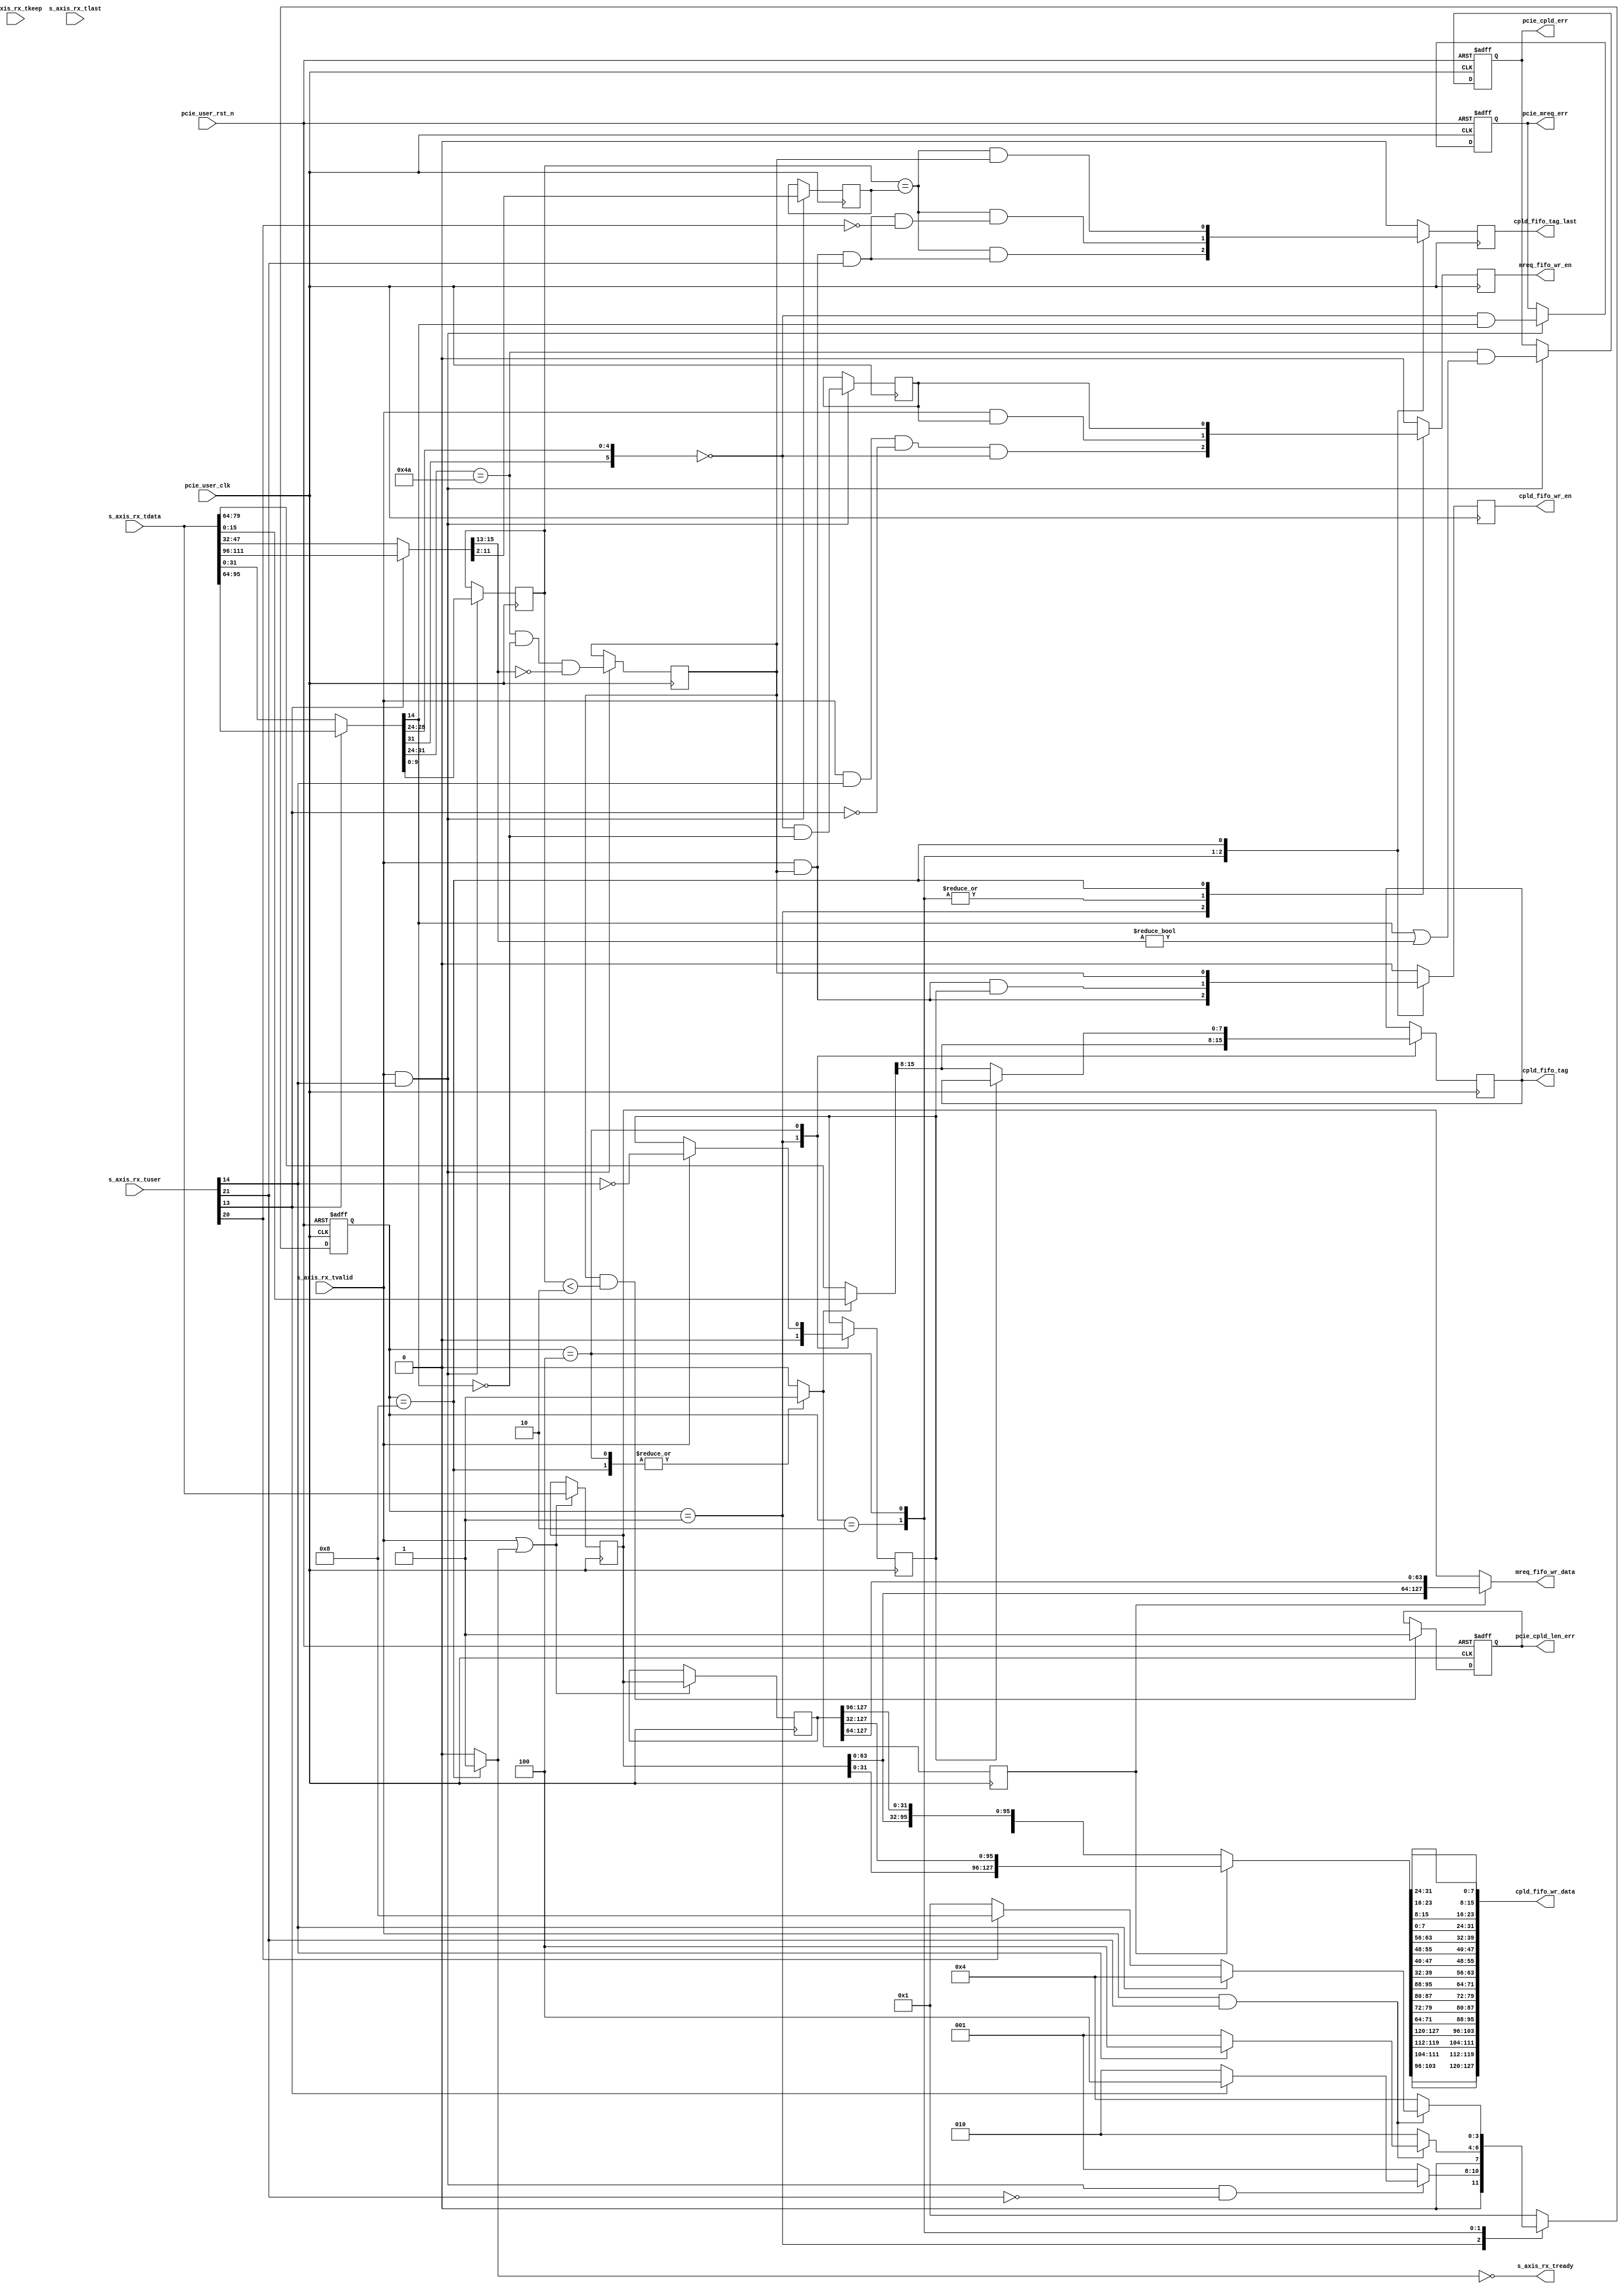

/*
----------------------------------------------------------------------------------
Copyright (c) 2013-2014

  Embedded and Network Computing Lab.
  Open SSD Project
  Hanyang University

All rights reserved.

----------------------------------------------------------------------------------

Redistribution and use in source and binary forms, with or without
modification, are permitted provided that the following conditions are
met:

  1. Redistributions of source code must retain the above copyright
     notice, this list of conditions and the following disclaimer.

  2. Redistributions in binary form must reproduce the above copyright
     notice, this list of conditions and the following disclaimer in the
     documentation and/or other materials provided with the distribution.

  3. All advertising materials mentioning features or use of this source code
     must display the following acknowledgement:
     This product includes source code developed 
     by the Embedded and Network Computing Lab. and the Open SSD Project.

THIS SOFTWARE IS PROVIDED BY THE COPYRIGHT HOLDERS AND CONTRIBUTORS "AS IS" AND
ANY EXPRESS OR IMPLIED WARRANTIES, INCLUDING, BUT NOT LIMITED TO, THE IMPLIED
WARRANTIES OF MERCHANTABILITY AND FITNESS FOR A PARTICULAR PURPOSE ARE
DISCLAIMED. IN NO EVENT SHALL THE COPYRIGHT OWNER OR CONTRIBUTORS BE LIABLE FOR
ANY DIRECT, INDIRECT, INCIDENTAL, SPECIAL, EXEMPLARY, OR CONSEQUENTIAL DAMAGES
(INCLUDING, BUT NOT LIMITED TO, PROCUREMENT OF SUBSTITUTE GOODS OR SERVICES;
LOSS OF USE, DATA, OR PROFITS; OR BUSINESS INTERRUPTION) HOWEVER CAUSED AND
ON ANY THEORY OF LIABILITY, WHETHER IN CONTRACT, STRICT LIABILITY, OR TORT
(INCLUDING NEGLIGENCE OR OTHERWISE) ARISING IN ANY WAY OUT OF THE USE OF THIS
SOFTWARE, EVEN IF ADVISED OF THE POSSIBILITY OF SUCH DAMAGE.

----------------------------------------------------------------------------------

http://enclab.hanyang.ac.kr/
http://www.openssd-project.org/
http://www.hanyang.ac.kr/

----------------------------------------------------------------------------------
*/


`timescale 1ns / 1ps


module pcie_rx_recv # (
	parameter	C_PCIE_DATA_WIDTH			= 128
)
(
	input									pcie_user_clk,
	input									pcie_user_rst_n,

//pcie rx signal
	input	[C_PCIE_DATA_WIDTH-1:0]			s_axis_rx_tdata,
	input	[(C_PCIE_DATA_WIDTH/8)-1:0]		s_axis_rx_tkeep,
	input									s_axis_rx_tlast,
	input									s_axis_rx_tvalid,
	output									s_axis_rx_tready,
	input	[21:0]							s_axis_rx_tuser,

	output									pcie_mreq_err,
	output									pcie_cpld_err,
	output									pcie_cpld_len_err,

	output									mreq_fifo_wr_en,
	output	[C_PCIE_DATA_WIDTH-1:0]			mreq_fifo_wr_data,

	output	[7:0]							cpld_fifo_tag,
	output	[C_PCIE_DATA_WIDTH-1:0]			cpld_fifo_wr_data,
	output									cpld_fifo_wr_en,
	output									cpld_fifo_tag_last
);


localparam	S_RX_IDLE_SOF					= 4'b0001;
localparam	S_RX_DATA						= 4'b0010;
localparam	S_RX_STRADDLED					= 4'b0100;
localparam	S_RX_STRADDLED_HOLD				= 4'b1000;

reg		[3:0]								cur_state;
reg		[3:0]								next_state;


wire	[4:0]								w_rx_is_sof;
wire	[4:0]								w_rx_is_eof;

reg		[31:0]								r_pcie_head0;
reg		[31:0]								r_pcie_head1;
reg		[31:0]								r_pcie_head2;

wire	[2:0]								w_mreq_head_fmt;
wire	[4:0]								w_mreq_head_type;
//wire	[2:0]								w_mreq_head_tc;
//wire										w_mreq_head_attr1;
//wire										w_mreq_head_th;
//wire										w_mreq_head_td;
wire										w_mreq_head_ep;
//wire	[1:0]								w_mreq_head_atqtr0;
//wire	[1:0]								w_mreq_head_at;
//wire	[9:0]								w_mreq_head_len;
//wire	[7:0]								w_mreq_head_re_bus_num;
//wire	[4:0]								w_mreq_head_req_dev_num;
//wire	[2:0]								w_mreq_head_req_func_num;
//wire	[15:0]								w_mreq_head_req_id;
//wire	[7:0]								w_mreq_head_tag;


wire	[2:0]								w_cpld_head_fmt;
wire	[4:0]								w_cpld_head_type;
//wire	[2:0]								w_cpld_head_tc;
//wire										w_cpld_head_attr1;
//wire										w_cpld_head_th;
//wire										w_cpld_head_td;
wire										w_cpld_head_ep;
//wire	[1:0]								w_cpld_head_attr0;
//wire	[1:0]								w_cpld_head_at;
wire	[9:0]								w_cpld_head_len;
//wire	[7:0]								w_cpld_head_cpl_bus_num;
//wire	[4:0]								w_cpld_head_cpl_dev_num;
//wire	[2:0]								w_cpld_head_cpl_func_num;
//wire	[15:0]								w_cpld_head_cpl_id;
wire	[2:0]								w_cpld_head_cs;
//wire										w_cpld_head_bcm;
wire	[11:0]								w_cpld_head_bc;
//wire	[7:0]								w_cpld_head_req_bus_num;
//wire	[4:0]								w_cpld_head_req_dev_num;
//wire	[2:0]								w_cpld_head_req_func_num;
//wire	[15:0]								w_cpld_head_req_id;
wire	[7:0]								w_cpld_head_tag;
//wire	[6:0]								w_cpld_head_la;


wire										w_pcie_mreq_type;
wire										w_pcie_cpld_type;
reg											r_pcie_mreq_type;
reg											r_pcie_cpld_type;

reg											r_pcie_mreq_err;
reg											r_pcie_cpld_err;
reg											r_pcie_cpld_len_err;

reg		[7:0]								r_cpld_tag;
reg		[11:2]								r_cpld_len;
reg		[11:2]								r_cpld_bc;
reg											r_cpld_lhead;

reg											r_mem_req_en;
reg											r_cpld_data_en;
reg											r_cpld_tag_last;
reg											r_rx_straddled;
reg											r_rx_straddled_hold;

reg											r_rx_data_straddled;
reg		[127:0]								r_s_axis_rx_tdata;
reg		[127:0]								r_s_axis_rx_tdata_d1;

reg											r_mreq_fifo_wr_en;
reg		[127:0]								r_mreq_fifo_wr_data;

reg											r_cpld_fifo_tag_en;
reg											r_cpld_fifo_wr_en;
reg		[127:0]								r_cpld_fifo_wr_data;
reg											r_cpld_fifo_tag_last;

assign s_axis_rx_tready = ~r_rx_straddled_hold;

assign pcie_mreq_err = r_pcie_mreq_err;
assign pcie_cpld_err = r_pcie_cpld_err;
assign pcie_cpld_len_err = r_pcie_cpld_len_err;

assign mreq_fifo_wr_en = r_mreq_fifo_wr_en;
assign mreq_fifo_wr_data = r_mreq_fifo_wr_data;

assign cpld_fifo_tag = r_cpld_tag;
assign cpld_fifo_wr_en = r_cpld_fifo_wr_en;

assign cpld_fifo_wr_data[31:0] = {r_cpld_fifo_wr_data[7:0], r_cpld_fifo_wr_data[15:8], r_cpld_fifo_wr_data[23:16], r_cpld_fifo_wr_data[31:24]};
assign cpld_fifo_wr_data[63:32] = {r_cpld_fifo_wr_data[39:32], r_cpld_fifo_wr_data[47:40], r_cpld_fifo_wr_data[55:48], r_cpld_fifo_wr_data[63:56]};
assign cpld_fifo_wr_data[95:64] = {r_cpld_fifo_wr_data[71:64], r_cpld_fifo_wr_data[79:72], r_cpld_fifo_wr_data[87:80], r_cpld_fifo_wr_data[95:88]};
assign cpld_fifo_wr_data[127:96] = {r_cpld_fifo_wr_data[103:96], r_cpld_fifo_wr_data[111:104], r_cpld_fifo_wr_data[119:112], r_cpld_fifo_wr_data[127:120]};

assign cpld_fifo_tag_last = r_cpld_fifo_tag_last;


assign w_rx_is_sof = s_axis_rx_tuser[14:10];
assign w_rx_is_eof = s_axis_rx_tuser[21:17];

always @ (*)
begin
	if(w_rx_is_sof[3] == 1) begin
		r_pcie_head0 <= s_axis_rx_tdata[95:64];
		r_pcie_head1 <= s_axis_rx_tdata[127:96];
	end
	else begin
		r_pcie_head0 <= s_axis_rx_tdata[31:0];
		r_pcie_head1 <= s_axis_rx_tdata[63:32];
	end

	if(r_rx_straddled == 1)
		r_pcie_head2 <= s_axis_rx_tdata[31:0];
	else
		r_pcie_head2 <= s_axis_rx_tdata[95:64];
end



//pcie mrd or mwr, memory rd/wr request
assign w_mreq_head_fmt = r_pcie_head0[31:29];
assign w_mreq_head_type = r_pcie_head0[28:24];
//assign w_mreq_head_tc = r_pcie_head0[22:20];
//assign w_mreq_head_attr1 = r_pcie_head0[18];
//assign w_mreq_head_th = r_pcie_head0[16];
//assign w_mreq_head_td = r_pcie_head0[15];
assign w_mreq_head_ep = r_pcie_head0[14];
//assign w_mreq_head_attr0 = r_pcie_head0[13:12];
//assign w_mreq_head_at = r_pcie_head0[11:10];
//assign w_mreq_head_len = r_pcie_head0[9:0];
//assign w_mreq_head_req_bus_num = r_pcie_head1[31:24];
//assign w_mreq_head_req_dev_num = r_pcie_head1[23:19];
//assign w_mreq_head_req_func_num = r_pcie_head1[18:16];
//assign w_mreq_head_req_id = {w_mreq_head_req_bus_num, w_mreq_head_req_dev_num, w_mreq_head_req_func_num};
//assign w_mreq_head_tag = r_pcie_head1[15:8];

//pcie cpl or cpld
assign w_cpld_head_fmt = r_pcie_head0[31:29];
assign w_cpld_head_type = r_pcie_head0[28:24];
//assign w_cpld_head_tc = r_pcie_head0[22:20];
//assign w_cpld_head_attr1 = r_pcie_head0[18];
//assign w_cpld_head_th = r_pcie_head0[16];
//assign w_cpld_head_td = r_pcie_head0[15];
assign w_cpld_head_ep = r_pcie_head0[14];
//assign w_cpld_head_attr0 = r_pcie_head0[13:12];
//assign w_cpld_head_at = r_pcie_head0[11:10];
assign w_cpld_head_len = r_pcie_head0[9:0];
//assign w_cpld_head_cpl_bus_num = r_pcie_head1[31:24];
//assign w_cpld_head_cpl_dev_num = r_pcie_head1[23:19];
//assign w_cpld_head_cpl_func_num = r_pcie_head1[18:16];
//assign w_cpld_head_cpl_id = {w_cpld_head_cpl_bus_num, w_cpld_head_cpl_dev_num, w_cpld_head_cpl_func_num};
assign w_cpld_head_cs = r_pcie_head1[15:13];
//assign w_cpld_head_bcm = r_pcie_head1[12];
assign w_cpld_head_bc = r_pcie_head1[11:0];
//assign w_cpld_head_req_bus_num = r_pcie_head2[31:24];
//assign w_cpld_head_req_dev_num = r_pcie_head2[23:19];
//assign w_cpld_head_req_func_num = r_pcie_head2[18:16];
//assign w_cpld_head_req_id = {w_cpld_head_req_bus_num, w_cpld_head_req_dev_num, w_cpld_head_req_func_num};
assign w_cpld_head_tag = r_pcie_head2[15:8];
//assign w_cpld_head_la = r_pcie_head2[6:0];


assign w_pcie_mreq_type = ({w_mreq_head_fmt[2], w_mreq_head_type} == {1'b0, 5'b00000});
assign w_pcie_cpld_type = ({w_cpld_head_fmt, w_cpld_head_type} == {3'b010, 5'b01010});

always @ (posedge pcie_user_clk or negedge pcie_user_rst_n)
begin
	if(pcie_user_rst_n == 0)
		cur_state <= S_RX_IDLE_SOF;
	else
		cur_state <= next_state;
end

always @ (*)
begin
	case(cur_state)
		S_RX_IDLE_SOF: begin
			if(s_axis_rx_tvalid == 1 && w_rx_is_sof[4] == 1 && w_rx_is_eof[4] == 0 ) begin
				if(w_rx_is_sof[3] == 1)
					next_state <= S_RX_STRADDLED;
				else
					next_state <= S_RX_DATA;
			end
			else
				next_state <= S_RX_IDLE_SOF;
		end
		S_RX_DATA: begin
			if(s_axis_rx_tvalid == 1 && w_rx_is_eof[4] == 1) begin
				if(w_rx_is_sof[4] == 1)
					next_state <= S_RX_STRADDLED;
				else
					next_state <= S_RX_IDLE_SOF;
			end
			else
				next_state <= S_RX_DATA;
		end
		S_RX_STRADDLED: begin
			if(s_axis_rx_tvalid == 1 && w_rx_is_eof[4] == 1) begin
				if(w_rx_is_sof[4] == 1)
					next_state <= S_RX_STRADDLED;
				else if(w_rx_is_eof[3] == 1)
					next_state <= S_RX_STRADDLED_HOLD;
				else
					next_state <= S_RX_IDLE_SOF;
			end
			else
				next_state <= S_RX_STRADDLED;
		end
		S_RX_STRADDLED_HOLD: begin
			next_state <= S_RX_IDLE_SOF;
		end
		default: begin
			next_state <= S_RX_IDLE_SOF;
		end
	endcase
end

always @ (posedge pcie_user_clk)
begin
	if(s_axis_rx_tvalid == 1 && w_rx_is_sof[4] == 1) begin
		r_pcie_mreq_type <= w_pcie_mreq_type & ~w_mreq_head_ep;
		r_pcie_cpld_type <= w_pcie_cpld_type & ~w_cpld_head_ep & (w_cpld_head_cs == 0);

		r_cpld_len <= w_cpld_head_len;
		r_cpld_bc[11:2] <= w_cpld_head_bc[11:2];
	end
end


always @ (posedge pcie_user_clk or negedge pcie_user_rst_n)
begin
	if(pcie_user_rst_n == 0) begin
		r_pcie_mreq_err <= 0;
		r_pcie_cpld_err <= 0;
		r_pcie_cpld_len_err <= 0;
	end
	else begin
		if(r_pcie_cpld_type == 1 && r_cpld_len < 2) begin
			r_pcie_cpld_len_err <= 1;
		end

		if(s_axis_rx_tvalid == 1 && w_rx_is_sof[4] == 1) begin
			r_pcie_mreq_err <= w_pcie_mreq_type & w_mreq_head_ep;
			r_pcie_cpld_err <= w_pcie_cpld_type & (w_cpld_head_ep | (w_cpld_head_cs != 0));
		end
	end
end


always @ (posedge pcie_user_clk)
begin
	case(cur_state)
		S_RX_IDLE_SOF: begin
			r_cpld_tag <= w_cpld_head_tag;
			r_cpld_lhead <= 0;
		end
		S_RX_DATA: begin

		end
		S_RX_STRADDLED: begin
			if(s_axis_rx_tvalid == 1)
				r_cpld_lhead <= ~w_rx_is_sof[4];

			if(r_cpld_lhead == 0)
				r_cpld_tag <= w_cpld_head_tag;
		end
		S_RX_STRADDLED_HOLD: begin

		end
		default: begin

		end
	endcase
end


always @ (*)
begin
	case(cur_state)
		S_RX_IDLE_SOF: begin
			r_mem_req_en <= (s_axis_rx_tvalid & w_rx_is_sof[4] & ~w_rx_is_sof[3]) & w_pcie_mreq_type;
			r_cpld_data_en <= 0;
			r_cpld_tag_last <= 0;
			r_rx_straddled <= 0;
			r_rx_straddled_hold <= 0;
		end
		S_RX_DATA: begin
			r_mem_req_en <= s_axis_rx_tvalid & r_pcie_mreq_type;
			r_cpld_data_en <= s_axis_rx_tvalid & r_pcie_cpld_type;
			r_cpld_tag_last <= (r_cpld_len == r_cpld_bc[11:2]) & (s_axis_rx_tvalid & r_pcie_cpld_type & w_rx_is_eof[4]);
			r_rx_straddled <= 0;
			r_rx_straddled_hold <= 0;
		end
		S_RX_STRADDLED: begin
			r_mem_req_en <= s_axis_rx_tvalid & r_pcie_mreq_type;
			r_cpld_data_en <= s_axis_rx_tvalid & r_pcie_cpld_type & r_cpld_lhead;
			r_cpld_tag_last <= (r_cpld_len == r_cpld_bc[11:2]) & (s_axis_rx_tvalid & r_pcie_cpld_type & w_rx_is_eof[4] & ~w_rx_is_eof[3]);
			r_rx_straddled <= 1;
			r_rx_straddled_hold <= 0;
		end
		S_RX_STRADDLED_HOLD: begin
			r_mem_req_en <= r_pcie_mreq_type;
			r_cpld_data_en <= r_pcie_cpld_type;
			r_cpld_tag_last <= (r_cpld_len == r_cpld_bc[11:2]) & r_pcie_cpld_type;
			r_rx_straddled <= 1;
			r_rx_straddled_hold <= 1;
		end
		default: begin
			r_mem_req_en <= 0;
			r_cpld_data_en <= 0;
			r_cpld_tag_last <= 0;
			r_rx_straddled <= 0;
			r_rx_straddled_hold <= 0;
		end
	endcase
end

always @ (posedge pcie_user_clk)
begin
	r_mreq_fifo_wr_en <= r_mem_req_en;
	r_cpld_fifo_wr_en <= r_cpld_data_en;
	r_cpld_fifo_tag_last <= r_cpld_tag_last;
	r_rx_data_straddled <= r_rx_straddled;

	if(s_axis_rx_tvalid == 1 || r_rx_straddled_hold == 1) begin
		r_s_axis_rx_tdata <= s_axis_rx_tdata;
		r_s_axis_rx_tdata_d1 <= r_s_axis_rx_tdata;
	end
end

always @ (*)
begin
	if(r_rx_data_straddled == 1)
		r_mreq_fifo_wr_data <= {r_s_axis_rx_tdata[63:0], r_s_axis_rx_tdata_d1[127:64]};
	else
		r_mreq_fifo_wr_data <= r_s_axis_rx_tdata;

	if(r_rx_data_straddled == 1)
		r_cpld_fifo_wr_data <= {r_s_axis_rx_tdata[31:0], r_s_axis_rx_tdata_d1[127:32]};
	else
		r_cpld_fifo_wr_data <= {r_s_axis_rx_tdata[95:0], r_s_axis_rx_tdata_d1[127:96]};
end


endmodule